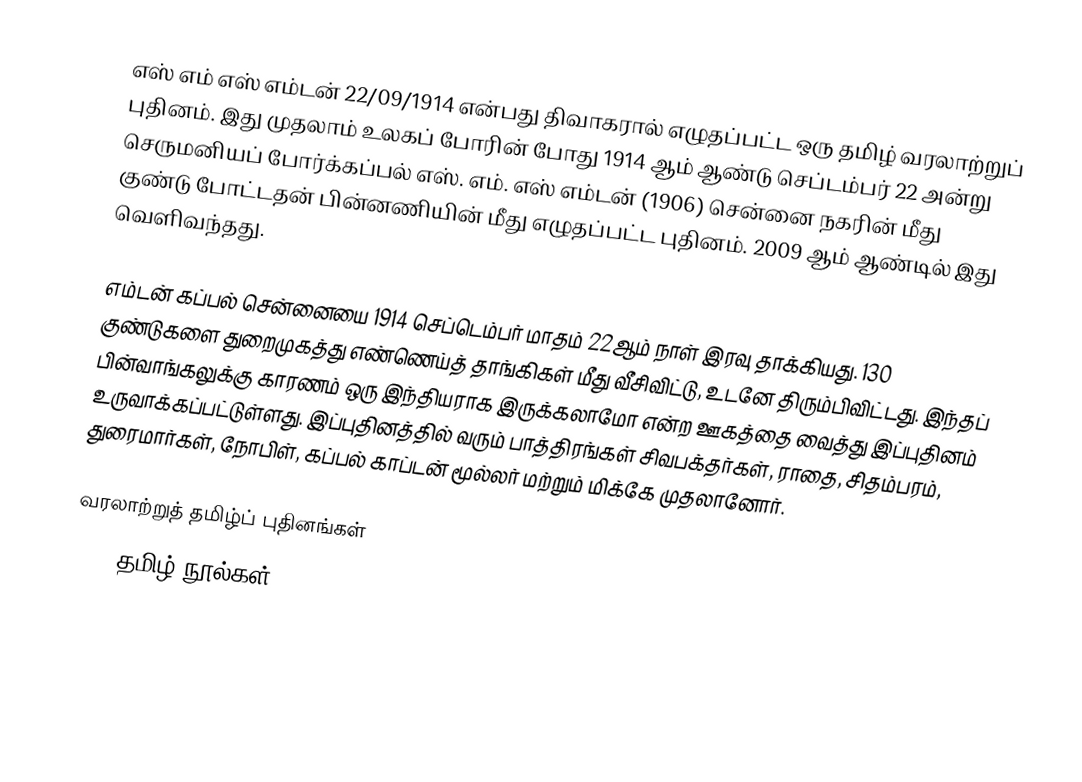
எஸ் எம் எஸ் எம்டன் 22/09/1914 என்பது திவாகரால் எழுதப்பட்ட ஒரு தமிழ் வரலாற்றுப் புதினம். இது முதலாம் உலகப் போரின் போது 1914 ஆம் ஆண்டு செப்டம்பர் 22 அன்று செருமனியப் போர்க்கப்பல் எஸ். எம். எஸ் எம்டன் (1906) சென்னை நகரின் மீது குண்டு போட்டதன் பின்னணியின் மீது எழுதப்பட்ட புதினம். 2009 ஆம் ஆண்டில் இது வெளிவந்தது.

எம்டன் கப்பல் சென்னையை 1914 செப்டெம்பர் மாதம் 22ஆம் நாள் இரவு தாக்கியது. 130 குண்டுகளை துறைமுகத்து எண்ணெய்த் தாங்கிகள் மீது வீசிவிட்டு, உடனே திரும்பிவிட்டது. இந்தப் பின்வாங்கலுக்கு காரணம் ஒரு இந்தியராக இருக்கலாமோ என்ற ஊகத்தை வைத்து இப்புதினம் உருவாக்கப்பட்டுள்ளது. இப்புதினத்தில் வரும் பாத்திரங்கள் சிவபக்தர்கள், ராதை, சிதம்பரம், துரைமார்கள், நோபிள், கப்பல் காப்டன் மூல்லர் மற்றும் மிக்கே முதலானோர்.

வரலாற்றுத் தமிழ்ப் புதினங்கள்
2009 தமிழ் நூல்கள்